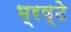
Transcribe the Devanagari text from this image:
भ्रष्टे